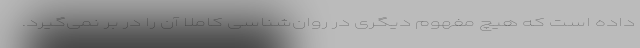
داده است که هیچ مفهوم دیگری در روان‌شناسی کاملاً آن را در بر نمی‌گیرد.